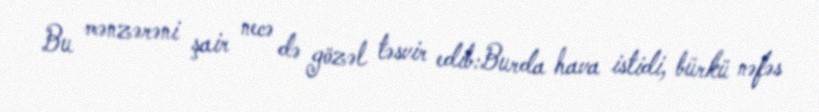
Bu mənzərəni şair necə də gözəl təsvir edib:Burda hava istidi, bürkü nəfəs